Etiology and epidemiology of plague
Disease focus: Plague
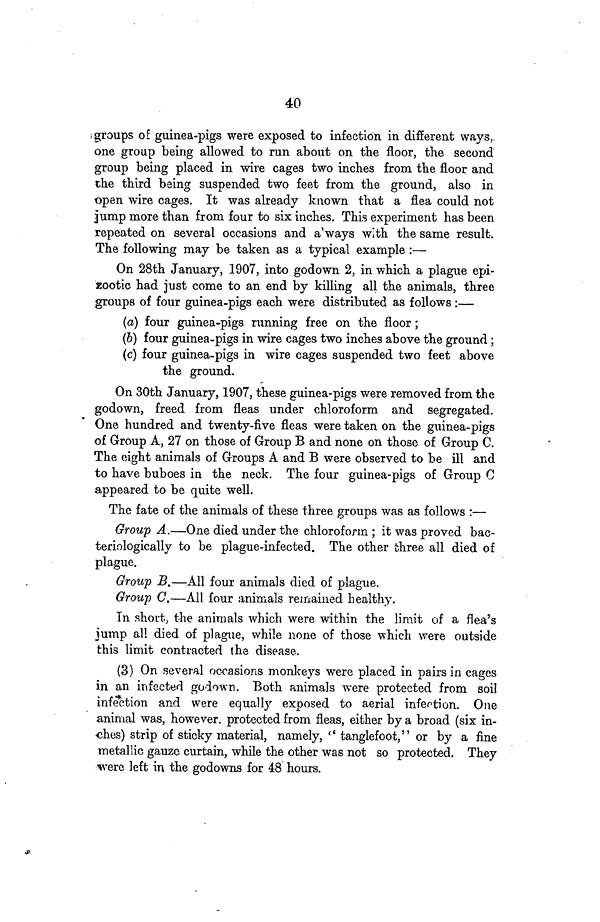
40
groups of guinea-pigs were exposed to infection in different ways,
one group being allowed to run about on the floor, the second
group being placed in wire cages two inches from the floor and
the third being suspended two feet from the ground, also in
open wire cages. It was already known that a flea could not
jump more than from four to six inches. This experiment has been
repeated on several occasions and a ways with the same result.
The following may be taken as a typical example :—
On 28th January, 1907, into godown 2, in which a plague epi-
zootic had just come to an end by killing all the animals, three
groups of four guinea-pigs each were distributed as follows :—
(a) four guinea-pigs running free on the floor ;
(b) four guinea-pigs in wire cages two inches above the ground ;
(c) four guinea-pigs in wire cages suspended two feet above
the ground.
On 30th January, 1907, these guinea-pigs were removed from the
godown, freed from fleas under chloroform and segregated.
One hundred and twenty-five fleas were taken on the guinea-pigs
of Group A, 27 on those of Group B and none on those of Group C.
The eight animals of Groups A and B were observed to be ill and
to have buboes in the neck. The four guinea-pigs of Group C
appeared to be quite well.
The fate of the animals of these three groups was as follows :—
Group A.—One died under the chloroform ; it was proved bac-
teriologically to be plague-infected. The other three all died of
plague.
Group B.—All four animals died of plague.
Group C.—All four animals remained healthy.
In short, the animals which were within the limit of a flea's
jump all died of plague, while none of those which were outside
this limit contracted the disease.
(3) On several occasions monkeys were placed in pairs in cages
in an infected godown. Both animals were protected from soil
infection and were equally exposed to aerial infection. One
animal was, however, protected from fleas, either by a broad (six in-
ches) strip of sticky material, namely, " tanglefoot," or by a fine
metallic gauzo curtain, while the other was not so protected. They
were left in the godowns for 48 hours.